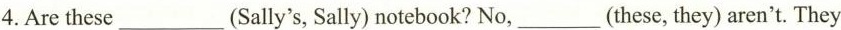
4. Are these___(Sally's, Sally) notebook? No,___(these, they) aren't. They